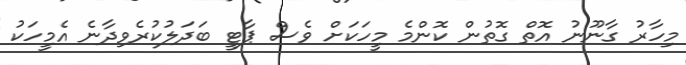
މިހާރު ގާނޫނު އޮތް ގޮތުން ކޮންމެ މީހަކަށް ވެސް ޕާޓީ ބަދަލުކުރެވިދާނެ އެމީހަކު